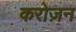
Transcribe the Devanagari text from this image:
करोज़न